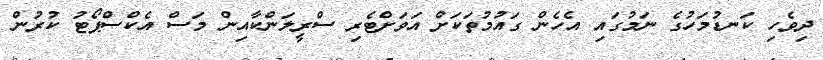
ދިވެހި ކަނޑުމަހުގެ ނަމުގައި އެހެން ގައުމުތަކަށް އަވަށްޓެރި ސްރީލަންކާއިން މަސް އެކްސްޕޯޓު ކުރުން